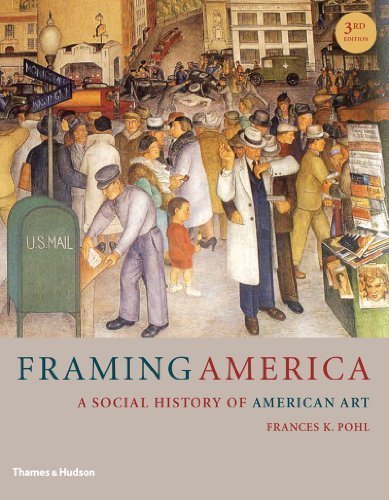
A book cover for Framing America: A Social History of American Art (Third Edition) 3rd edition by Pohl, Frances K. (2012) Paperback; Frances K. Pohl; Crafts, Hobbies & Home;